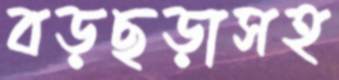
বড়ছড়াসহ